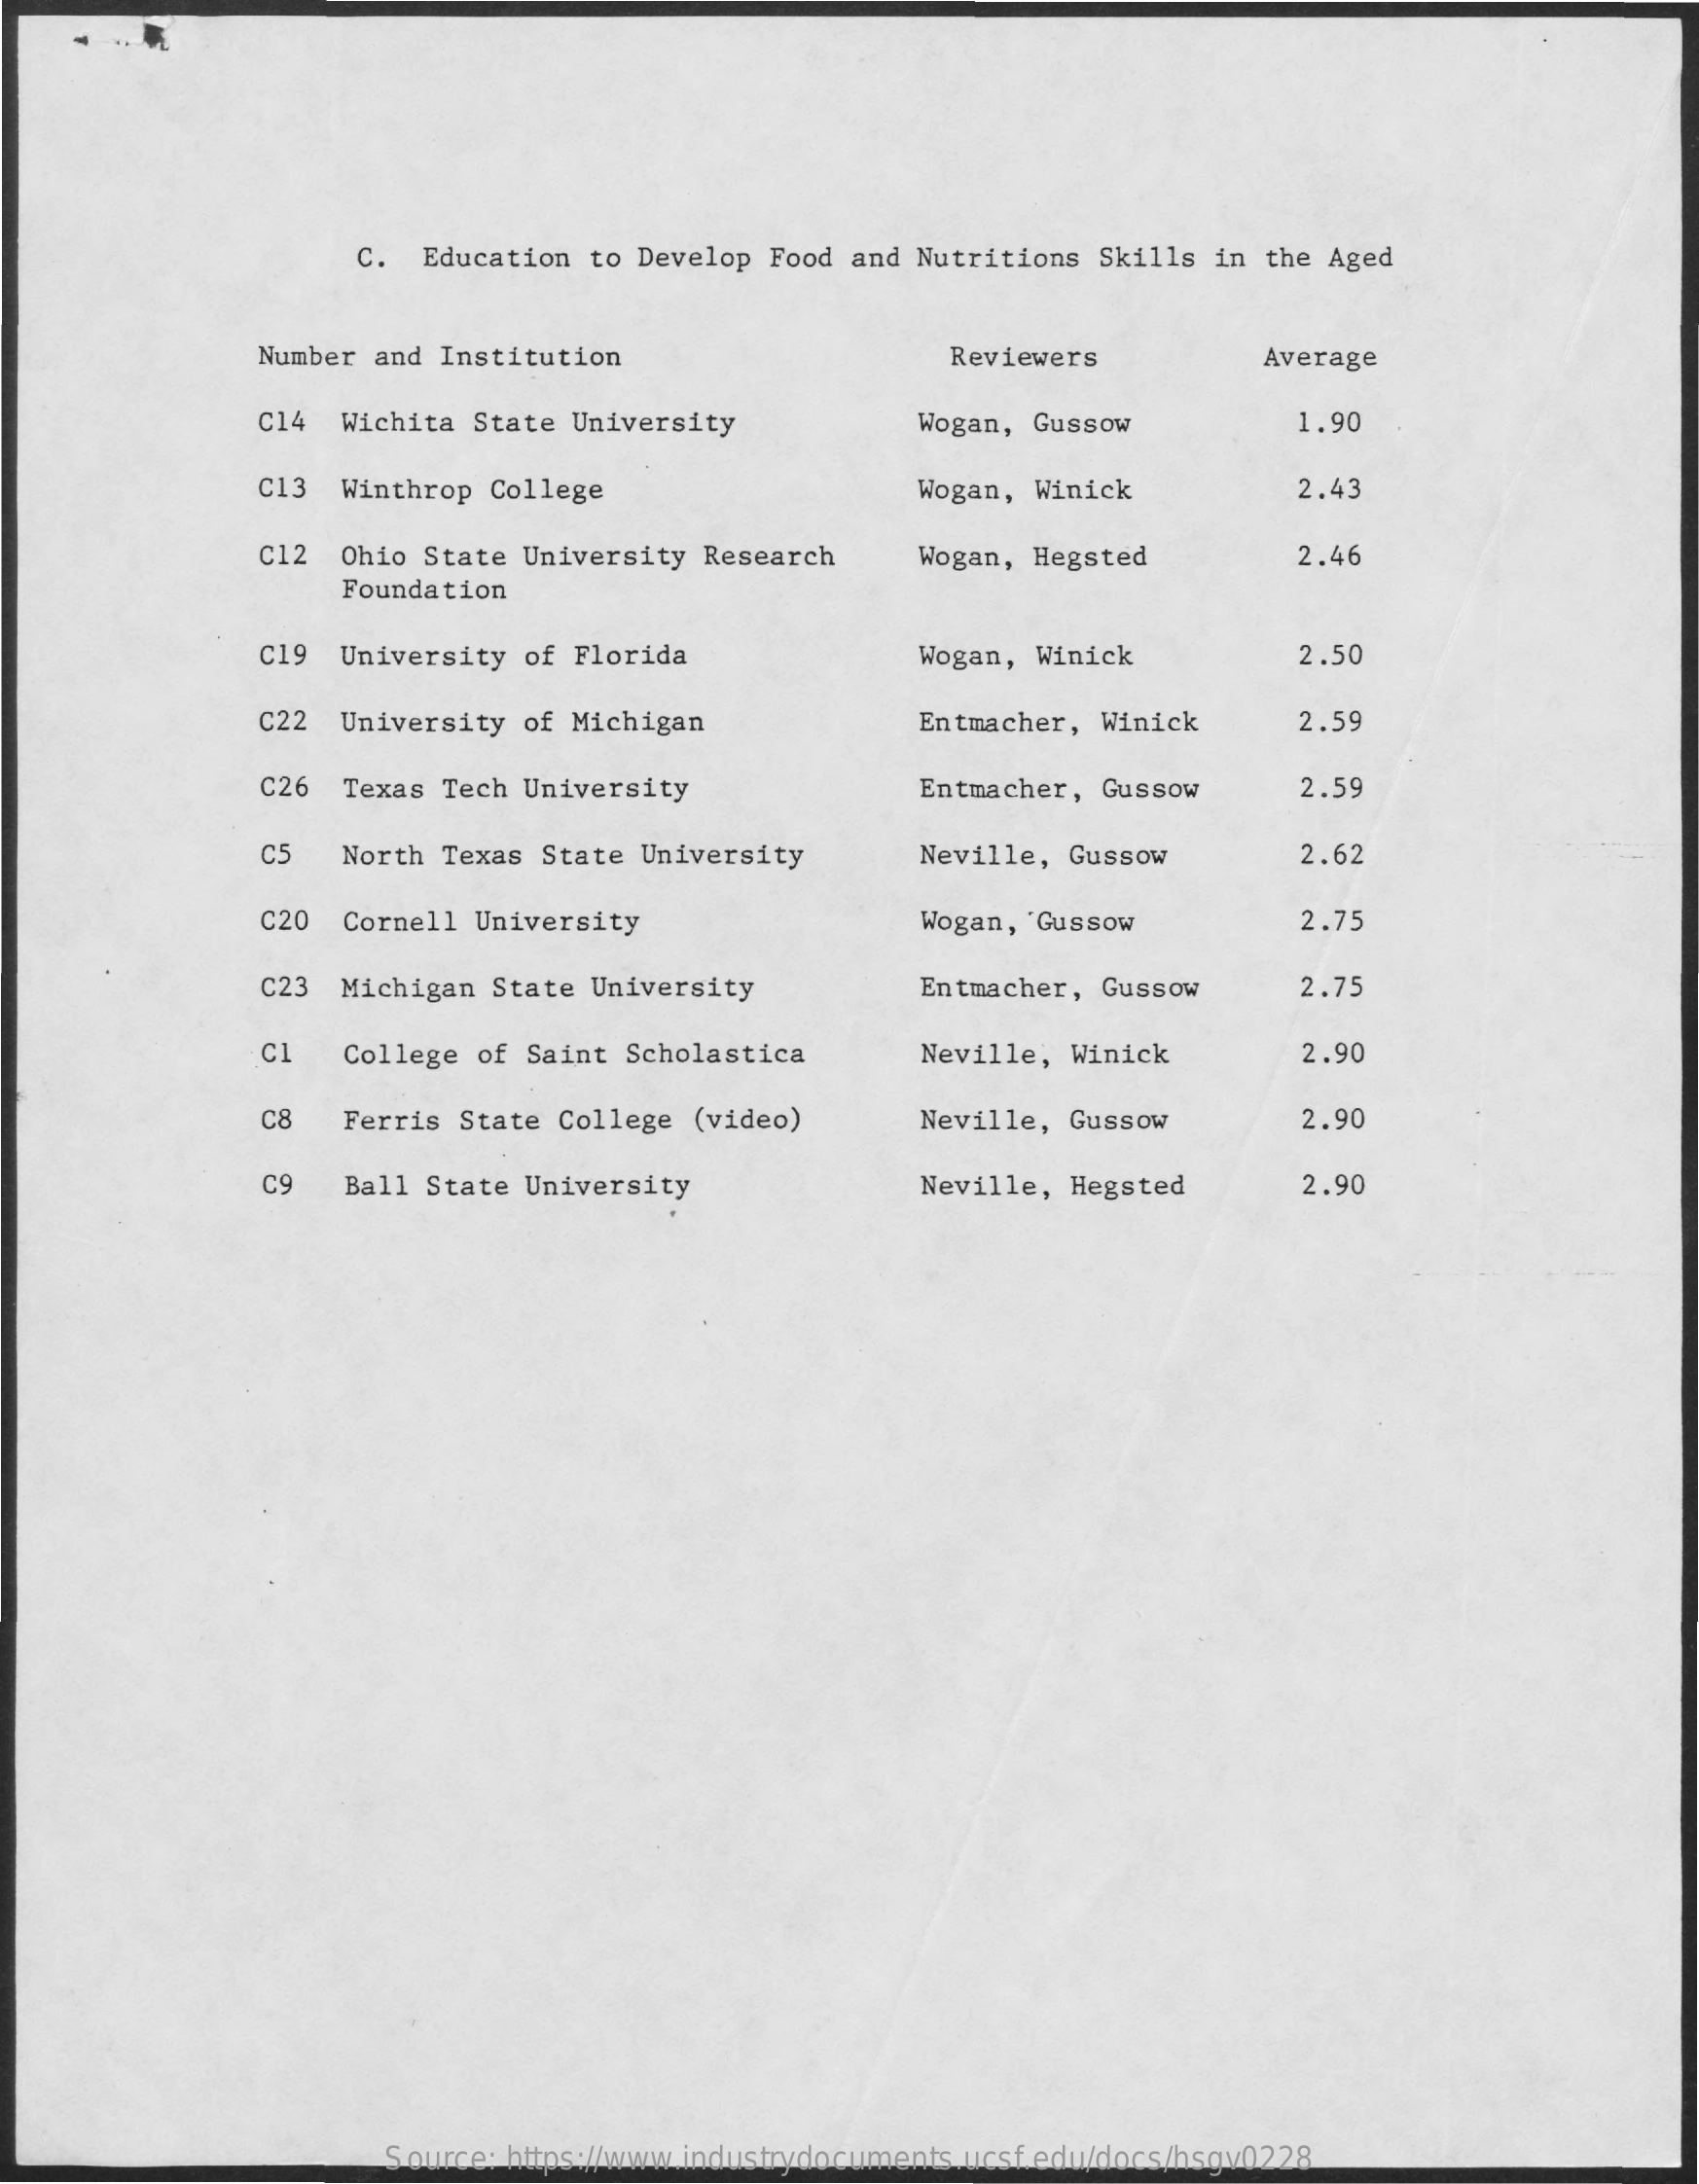
C.  Education  to Develop Food and Nutritions  Skills in  the Aged
     Number and Institution    Reviewers    Average
     C14  Wichita State University    Wogan, Gussow    1.90
     C13  Winthrop College    Wogan, Winick    2.43
     C12  Ohio State University  Research    Wogan, Hegsted    2.46
     Foundation
     C19  University of  Florida    Wogan, Winick    2.50
     C22  University of Michigan    Entmacher, Winick    2.59
     C26  Texas Tech University    Entmacher, Gussow    2.59
     C5   North Texas State  University    Neville, Gussow    2.62
     C20  Cornell University    Wogan, 'Gussow    2.75
     C23  Michigan State  University    Entmacher, Gussow    2.75
     Cl   College of Saint  Scholastica    Neville, Winick    2.90
     C8   Ferris State  College (video)    Neville, Gussow    2.90
     C9   Ball State University    Neville, Hegsted    2.90
     Source: https://www.industrydocuments.ucsf.edu/docs/hsgv0228